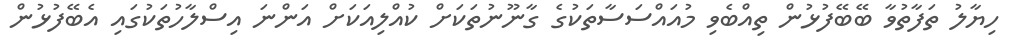
ހިޔާލު ތަފާތުވާ ބޭބޭފުޅުން ތިއްބެވި މުއައްސަސާތަކުގެ ގާނޫނުތަކަށް ކުއްލިއަކަށް އަންނަ އިސްލާހުތަކުގައި އެބޭފުޅުން